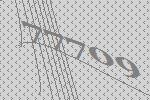
77709